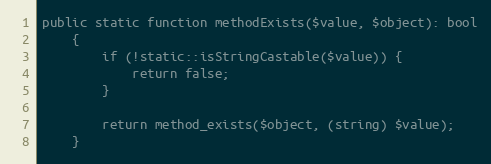
Language: PHP
public static function methodExists($value, $object): bool
    {
        if (!static::isStringCastable($value)) {
            return false;
        }

        return method_exists($object, (string) $value);
    }